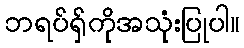
ဘရပ်ရှ်ကိုအသုံးပြုပါ။